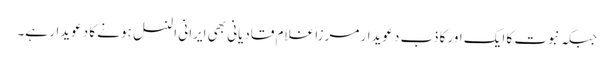
جبکہ نبوت کا ایک اور کاذب دعویدار مرزا غلام قادیانی بھی ایرانی النسل ہونے کا دعویدار ہے۔